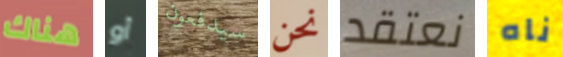
هناك أو سيدفعون نحن نعتقد ناه